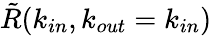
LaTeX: \tilde{R}(k_{in},k_{out}=k_{in})